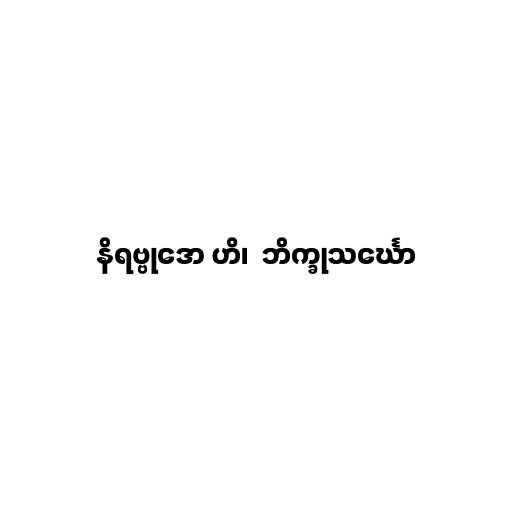
နိရဗ္ဗုဒော ဟိ၊  ဘိက္ခုသင်္ဃော